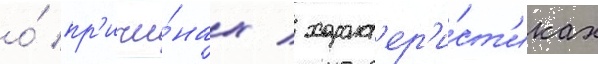
о́ пр'ичи́нах / характ'ер'и́ст'иках